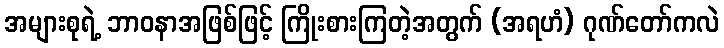
အများစုရဲ့ ဘာဝနာအဖြစ်ဖြင့် ကြိုးစားကြတဲ့အတွက် (အရဟံ) ဂုဏ်တော်ကလဲ